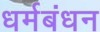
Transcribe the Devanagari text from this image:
धर्मबंधन